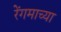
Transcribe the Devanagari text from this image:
रेंगमाच्या